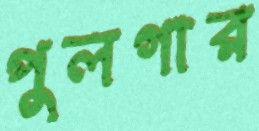
পুলগার